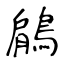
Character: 鵳